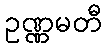
ဥဏ္ဏမတီ